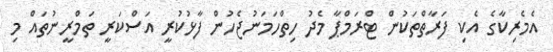
އެމެރިކާގެ އެކި ފަރާތްތަކުން ޓްރަމްޕާ މެދު ހިތްހަމަނުޖެހުން ފާޅުކުރީ އަސްކަރީ ތަމްރީނުތައް މި